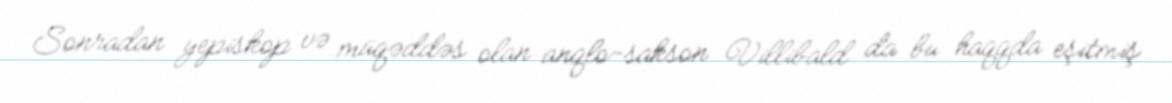
Sonradan yepiskop və müqəddəs olan anqlo-sakson Villibald da bu haqqda eşitmiş